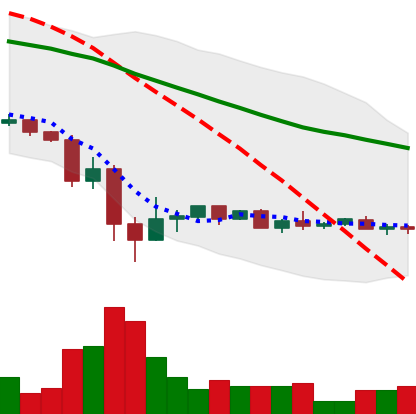
Ticker: XRP-USD
Chart end date: 2022-05-25
Forward return: 3.053%
Label: up_3_5